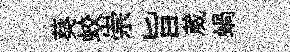
葵蛟崇旨葳蝸